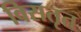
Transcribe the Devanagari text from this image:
विसतृत